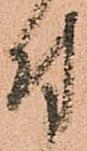
付